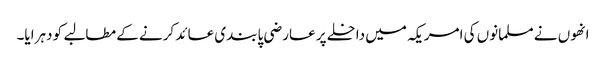
انھوں نے مسلمانوں کی امریکہ میں داخلے پر عارضی پابندی عائد کرنے کے مطالبے کو دہرایا۔